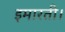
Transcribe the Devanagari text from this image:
इमारती।